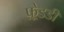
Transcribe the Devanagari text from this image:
फ़्रेडडी